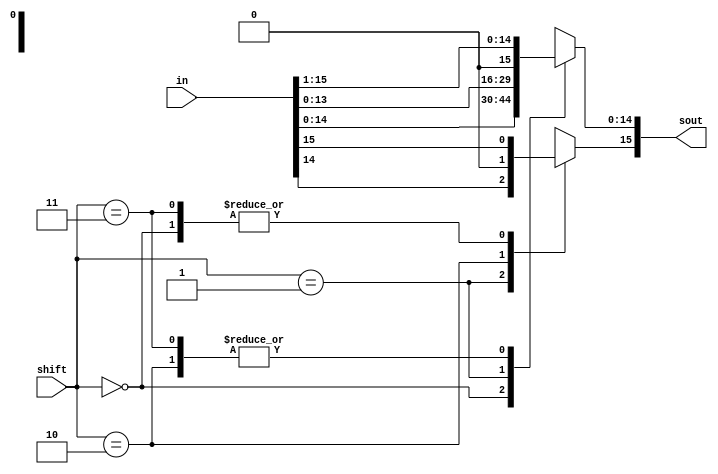
module shifter(in,shift,sout); 
input [15:0] in;
input [1:0] shift; 
output [15:0] sout; 
reg [15:0] outTemp; 
always@(*) begin
case(shift)
2'b00: outTemp = in;
2'b01: outTemp = in<<1;
2'b10: outTemp = in>>1;
2'b11: begin 
outTemp = in>>1;
outTemp[15] = in[15];  
end
endcase
end
assign sout = outTemp; 
endmodule